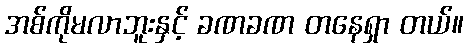
အစ်ကိုမလာဘူးနှင့် ခဏခဏ တနေရှာ တယ်။